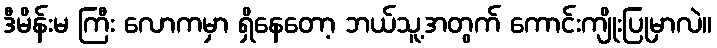
ဒီမိန်းမ ကြီး လောကမှာ ရှိနေတော့ ဘယ်သူ့အတွက် ကောင်းကျိုးပြုမှာလဲ။